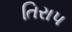
તિરાપ